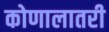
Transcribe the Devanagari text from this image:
कोणालातरी